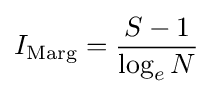
I_{\text{Marg}}={\frac {S-1}{\log _{e}N}}